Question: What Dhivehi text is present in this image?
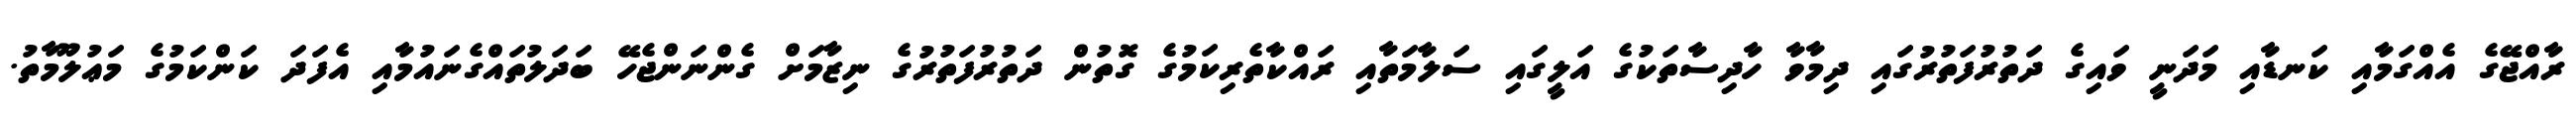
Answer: ރާއްޖޭގެ އެއްގަމާއި ކަނޑާއި މަދަނީ ވައިގެ ދަތުރުފަތުރުގައި ދިމާވާ ހާދިސާތަކުގެ އަލީގައި ސަލާމަތާއި ރައްކާތެރިކަމުގެ ގޮތުން ދަތުރުފަތުރުގެ ނިޒާމަށް ގެންނަންޖެހޭ ބަދަލުތައްގެނައުމާއި އެފަދަ ކަންކަމުގެ މަޢުލޫމާތު.